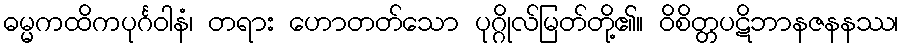
ဓမ္မကထိကပုင်္ဂဝါနံ၊ တရား ဟောတတ်သော ပုဂ္ဂိုလ်မြတ်တို့၏။ ဝိစိတ္တပဋိဘာနဇနနဿ၊